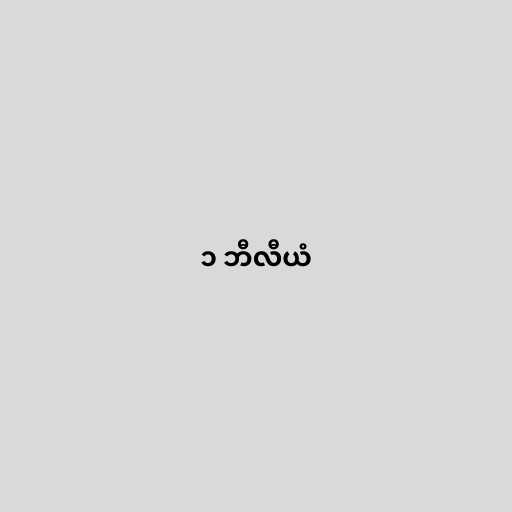
၁ ဘီလီယံ